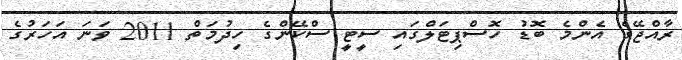
ރާއްޖޭގެ އެންމެ ބޮޑު ހޮސްޕިޓަލްގައި ސީޓީ ސްކޭންގެ ހިދުމަތް 2011 ވަނަ އަހަރުގެ